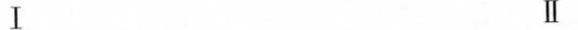
Ⅰ Ⅱ